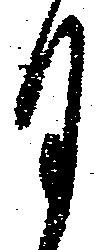
月